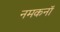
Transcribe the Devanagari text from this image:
नमकनॉ